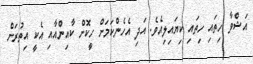
އަޝްވާ ހިތައި ހިތައި ކިޔައިލިއެވެ. އަދި އެހެންކަމަށް ހީކޮށް ކާއިންއާއި އެކީ އިތުރަށް